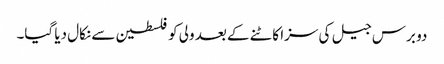
دو برس جیل کی سزا کاٹنے کے بعد ولی کو فلسطین سے نکال دیا گیا۔